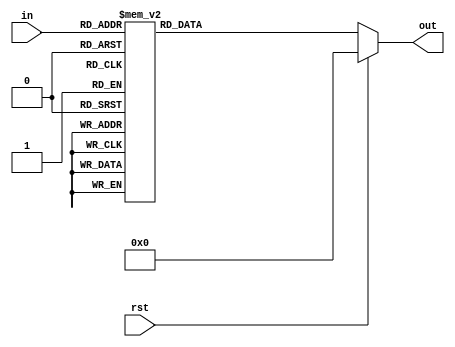
module in_out (input rst, input wire[4:0] in, output reg[31:0] out);
always @* begin
	case(in)
		//5'h00: out <= 32'b0000_0000_0000_0000_0000_0000_0000_0000;
		5'h00: out <= 32'b0000_0000_0000_0000_0000_0000_0000_0001;
		5'h01: out <= 32'b0000_0000_0000_0000_0000_0000_0000_0010;
		5'h02: out <= 32'b0000_0000_0000_0000_0000_0000_0000_0100;
		5'h03: out <= 32'b0000_0000_0000_0000_0000_0000_0000_1000; 
		5'h04: out <= 32'b0000_0000_0000_0000_0000_0000_0001_0000; 
		5'h05: out <= 32'b0000_0000_0000_0000_0000_0000_0010_0000; 
		5'h06: out <= 32'b0000_0000_0000_0000_0000_0000_0100_0000; 
		5'h07: out <= 32'b0000_0000_0000_0000_0000_0000_1000_0000; 
		5'h08: out <= 32'b0000_0000_0000_0000_0000_0001_0000_0000; 
		5'h09: out <= 32'b0000_0000_0000_0000_0000_0010_0000_0000; 
		5'h0A: out <= 32'b0000_0000_0000_0000_0000_0100_0000_0000; 
		5'h0B: out <= 32'b0000_0000_0000_0000_0000_1000_0000_0000; 
		5'h0C: out <= 32'b0000_0000_0000_0000_0001_0000_0000_0000; 
		5'h0D: out <= 32'b0000_0000_0000_0000_0010_0000_0000_0000; 
		5'h0E: out <= 32'b0000_0000_0000_0000_0100_0000_0000_0000; 
		5'h0F: out <= 32'b0000_0000_0000_0000_1000_0000_0000_0000; 
		5'h10: out <= 32'b0000_0000_0000_0001_0000_0000_0000_0000; 
		5'h11: out <= 32'b0000_0000_0000_0010_0000_0000_0000_0000; 
		5'h12: out <= 32'b0000_0000_0000_0100_0000_0000_0000_0000; 
		5'h13: out <= 32'b0000_0000_0000_1000_0000_0000_0000_0000; 
		5'h14: out <= 32'b0000_0000_0001_0000_0000_0000_0000_0000; 
		5'h15: out <= 32'b0000_0000_0010_0000_0000_0000_0000_0000; 
		5'h16: out <= 32'b0000_0000_0100_0000_0000_0000_0000_0000; 
		5'h17: out <= 32'b0000_0000_1000_0000_0000_0000_0000_0000; 
		5'h18: out <= 32'b0000_0001_0000_0000_0000_0000_0000_0000; 
		5'h19: out <= 32'b0000_0010_0000_0000_0000_0000_0000_0000; 
		5'h1A: out <= 32'b0000_0100_0000_0000_0000_0000_0000_0000; 
		5'h1B: out <= 32'b0000_1000_0000_0000_0000_0000_0000_0000; 
		5'h1C: out <= 32'b0001_0000_0000_0000_0000_0000_0000_0000; 
		5'h1D: out <= 32'b0010_0000_0000_0000_0000_0000_0000_0000; 
		5'h1E: out <= 32'b0100_0000_0000_0000_0000_0000_0000_0000; 
		5'h1F: out <= 32'b1000_0000_0000_0000_0000_0000_0000_0000;	
		default: out<= 32'd123;
	endcase
	if (rst) begin
		out <= 32'b0000_0000_0000_0000_0000_0000_0000_0000;
	end
end 
endmodule